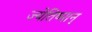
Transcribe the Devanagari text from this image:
ज्येतिष्मान्